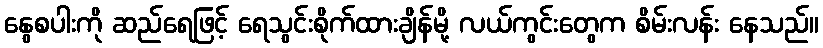
နွေစပါးကို ဆည်ရေဖြင့် ရေသွင်းစိုက်ထားချိန်မို့ လယ်ကွင်းတွေက စိမ်းလန်း နေသည်။